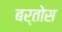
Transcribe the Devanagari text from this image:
बर्तोस